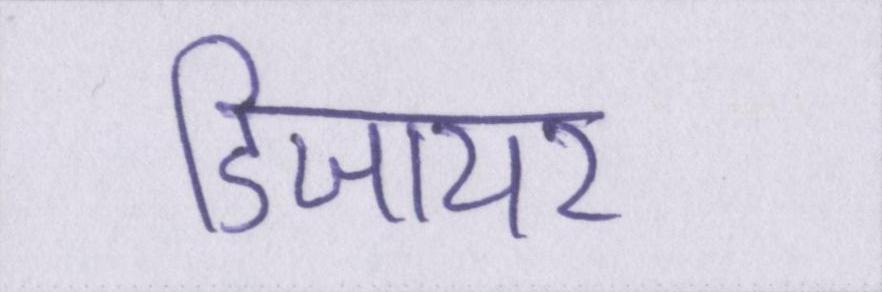
डिजायर